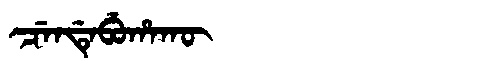
Manchu: ᠴᡝᠨᡩᡝᠪᡠᡥᠠᡴᡡ
Romanization: CENDEBUHAKŪ